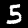
Label: 5